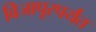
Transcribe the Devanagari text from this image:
विजापूरपर्यंत